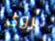
تروى